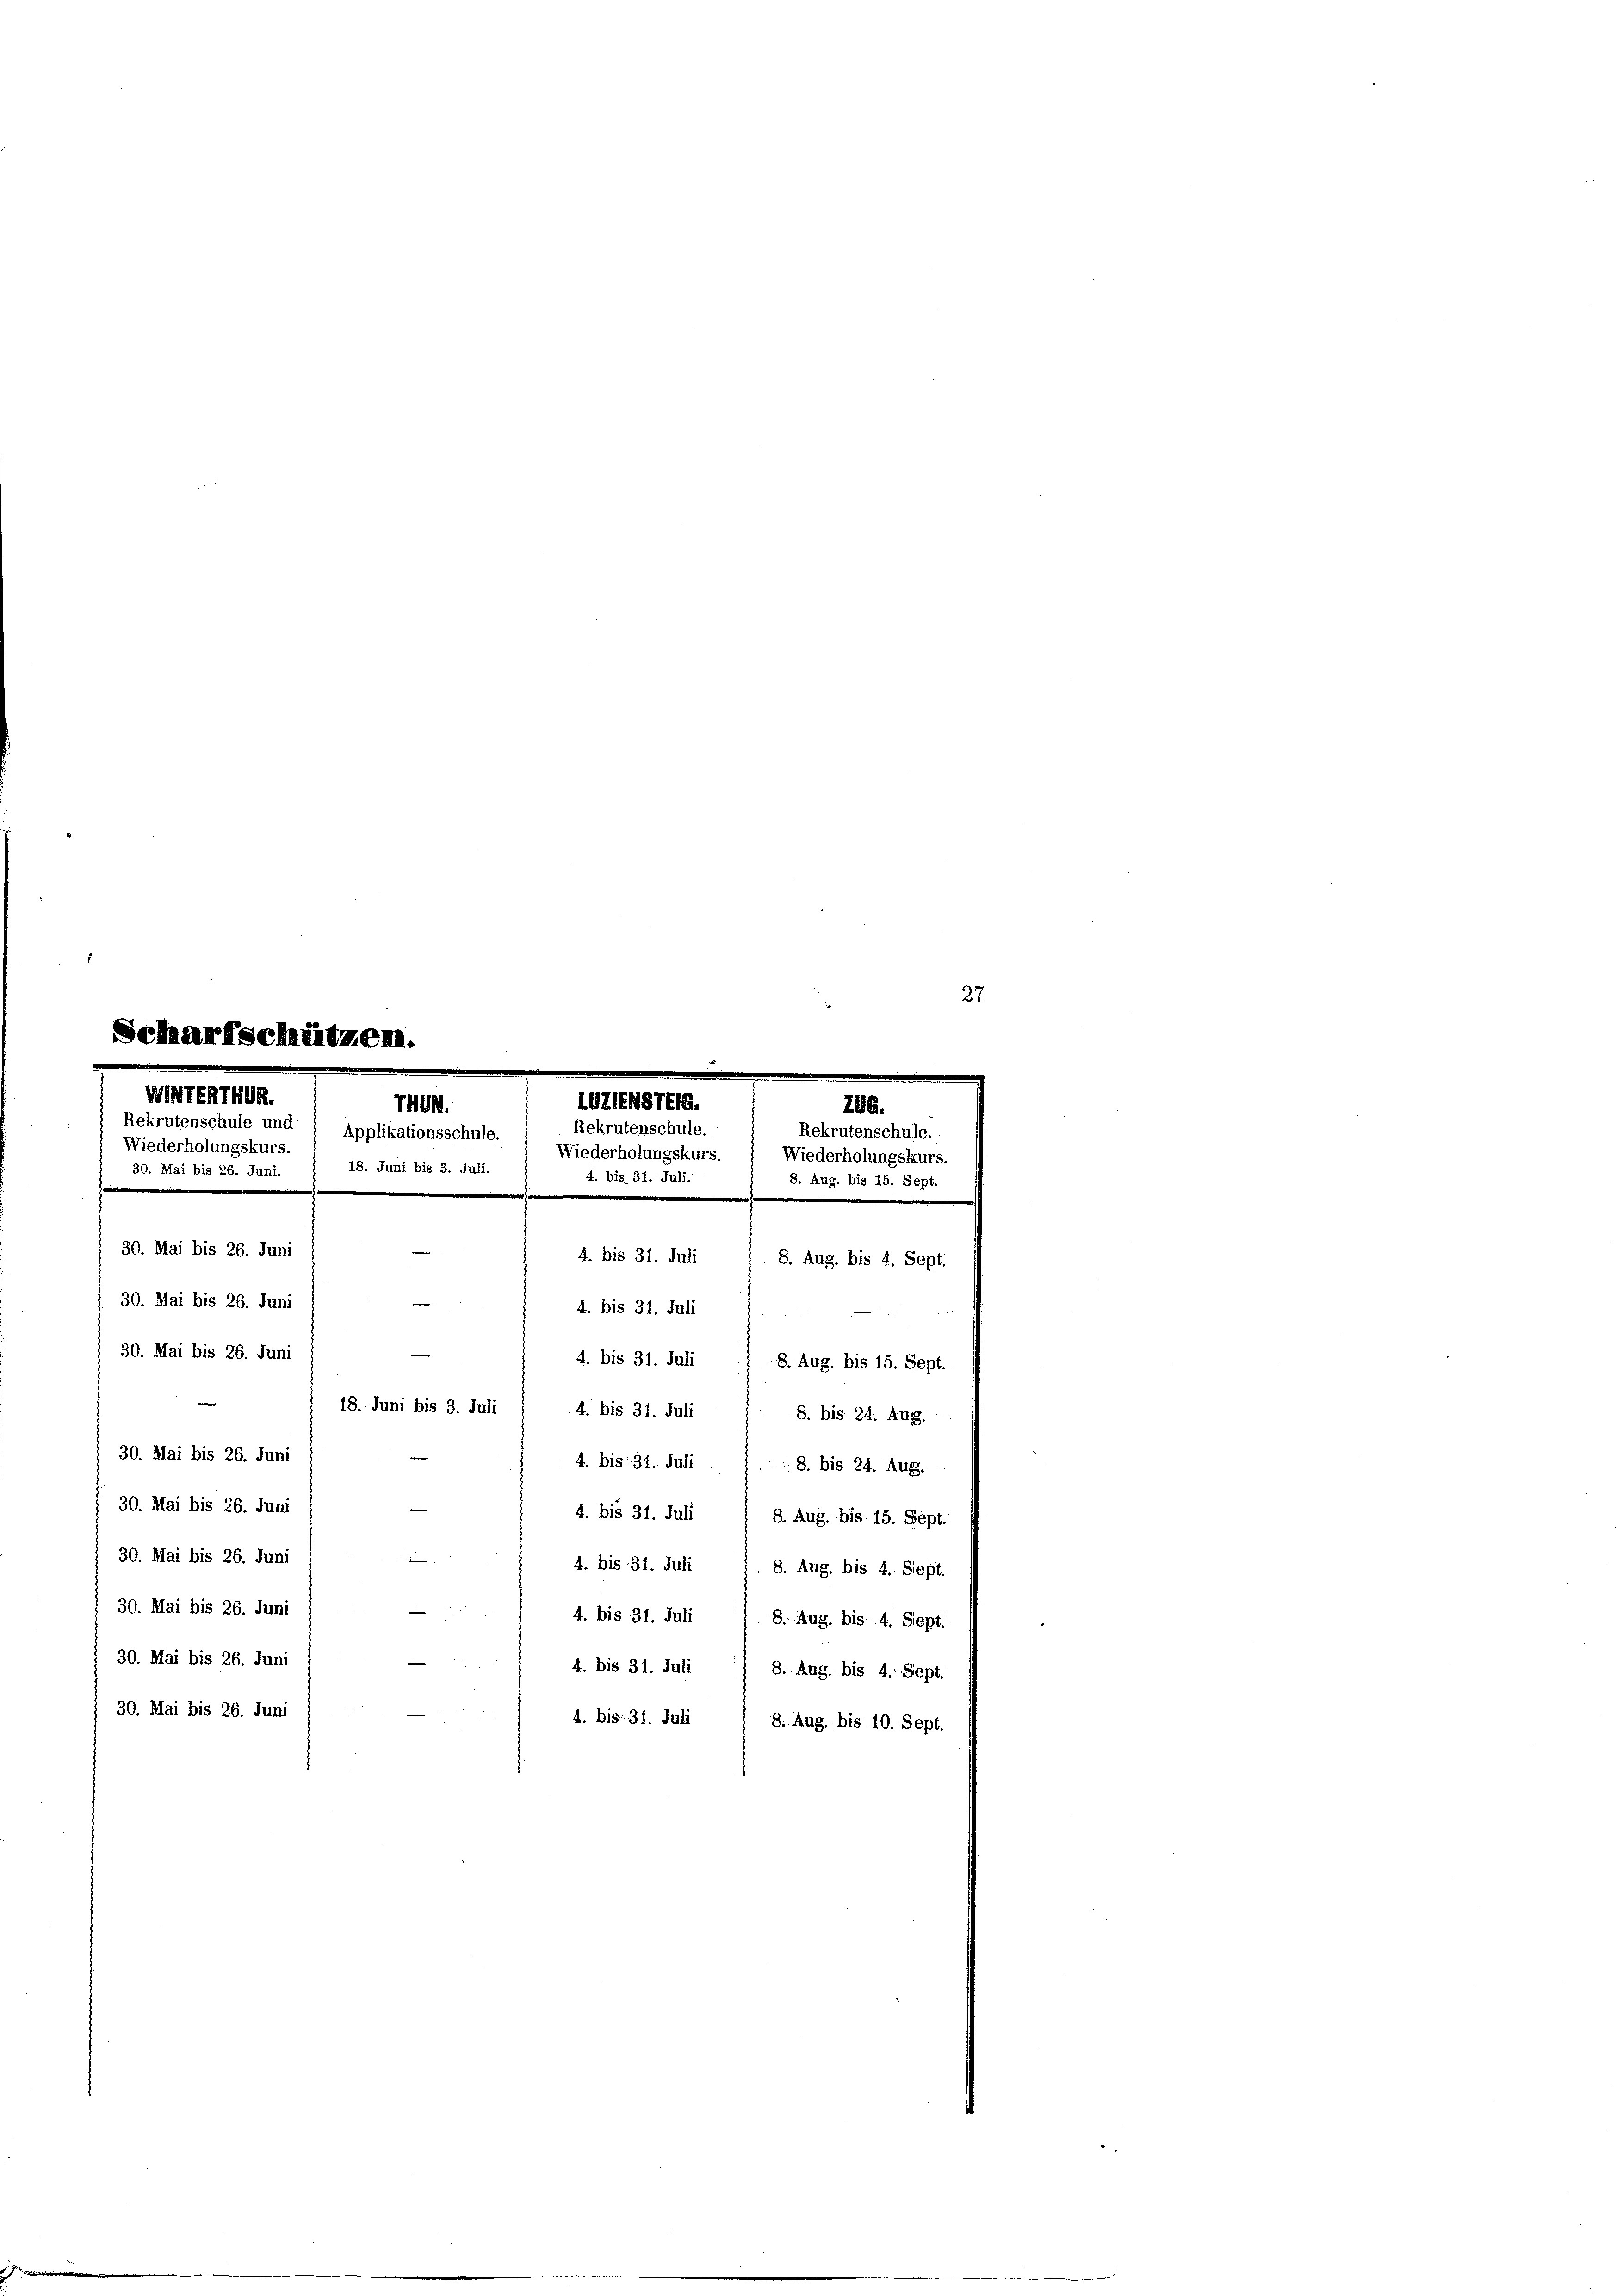
30. Mai bis 26. Juni
4. bis 31. Juli 18. bis 24. Aug.
30. Mai bis 26. Juni
4. bis 31. Juli ( 8. Aug. bis 15. Sept.
30. Mai bis 26. Juni
—
4. bis 31. Juli ;. 8. Aug. bis 4. Sept.
30. Mai bis 26. Juni
4. bis 31. Juli) 8. Aug. bis 4. Sept.
30. Mai bis 26. Juni
4. bis 31. Juli) 8. Aug. bis 4. Sept.
30. Mai bis 26. Juni
4. bis 31. Juli ( 8. Aug. bis 10. Sept.

27

hützen.

WINTENTWUR
Wiederholungskurs.
30. Mai bis 26. Juni
unimmt
30. Mai bis 26. Juni
e
30. Mai bis 26. Juni
4. bis 31. Juli
30. Mai bis 26. Juni
4. bis 31. Juli

18. Juni bis 3. Juli 1 4. bis 31. Juli 1 8. bis 24. Aug.

UZENSTEG.
740.
Rekrutenschule.
Rekrutenschule und 1 Applikationsschule.   Wiederholungskurs.
18. Juni bis 3. Juli.
4. bis 31. Juli.
e
.
4. bis 31. Juli

206.
Rekrutenschulle.
Wiederholungskurs.
8. Aug. bis 15. Sept.
8. Aug. bis 15. Sept.

8. Aug. bis 4. Sept.